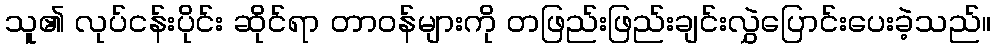
သူ၏ လုပ်ငန်းပိုင်း ဆိုင်ရာ တာဝန်များကို တဖြည်းဖြည်းချင်းလွှဲပြောင်းပေးခဲ့သည်။